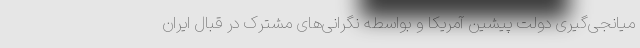
میانجی‌گیری دولت پیشین آمریکا و بواسطه نگرانی‌های مشترک در قبال ایران